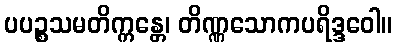
ပပဉ္စသမတိက္ကန္တေ၊ တိဏ္ဏသောကပရိဒ္ဒဝေါ။